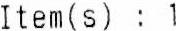
ITEM(S) : 1